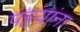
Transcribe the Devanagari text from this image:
पट्टयांना